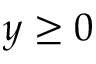
y \ge 0